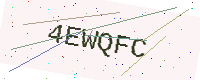
Text: 4EWQFC